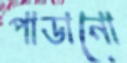
পাডানো